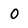
Character: 0